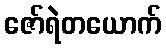
ဇော်ရဲတယောက်